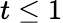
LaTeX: t\leq 1